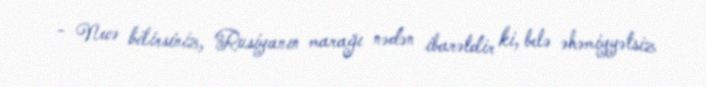
- Necə bilirsiniz, Rusiyanın marağı nədən ibarətdir ki, belə əhəmiyyətsiz